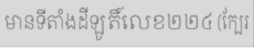
មានទីតាំងដីឡូតិ៍លេខ២២៤ (ក្បែរ